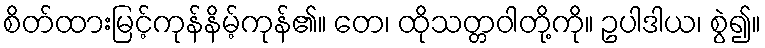
စိတ်ထားမြင့်ကုန်နိမ့်ကုန်၏။ တေ၊ ထိုသတ္တဝါတို့ကို။ ဥပါဒါယ၊ စွဲ၍။